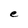
Character: e